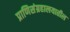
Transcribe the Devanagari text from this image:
प्राणिसंग्रहालयातील